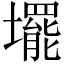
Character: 𡓁